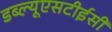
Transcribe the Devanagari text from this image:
डब्ल्यूएसटीईसी